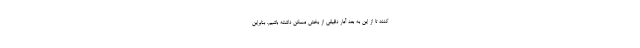
کنند تا از این به بعد آمار دقیقی از بخش مسکن داشته باشیم. بنابراین